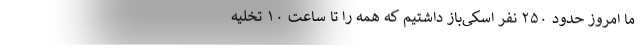
ما امروز حدود ۲۵۰ نفر اسکی‌باز داشتیم که همه را تا ساعت ۱۰ تخلیه